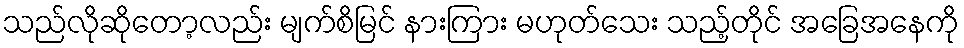
သည်လိုဆိုတော့လည်း မျက်စိမြင် နားကြား မဟုတ်သေး သည့်တိုင် အခြေအနေကို